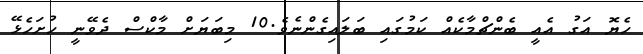
ހެޔޮ އަގު އެއީ ބެންޗްމާކެއް ކަމުގައި ބަލައިގެންނެވެ.10 މިބަޔަށް މާކްސް ދެވޭނީ ހުށަހެޅޭ